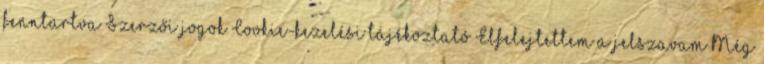
fenntartva Szerzői jogok Cookie-kezelési tájékoztató Elfelejtettem a jelszavam Még